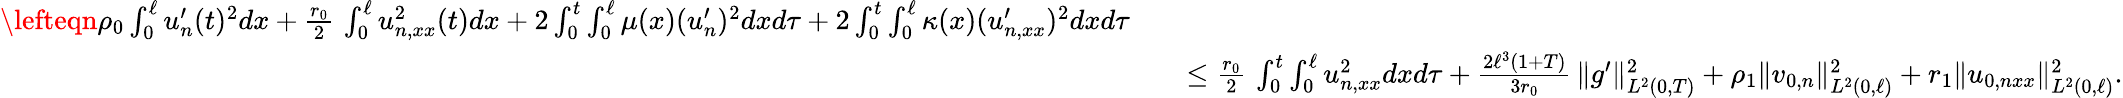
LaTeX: \begin{array}{rlr}{\lefteqn{\rho_{0}\int_{0}^{\ell}u_{n}^{\prime}(t)^{2}dx+\frac{r_{0}}{2}\, \int_{0}^{\ell}u_{n,xx}^{2}(t)dx+2\int_{0}^{t}\int_{0}^{\ell}\mu(x)(u_{n}^{\prime})^{2}dxd\tau+2\int_{0}^{t}\int_{0}^{\ell}\kappa(x)(u_{n,xx}^{\prime})^{2}dxd\tau}}\\ &{}&{\le\frac{r_{0}}{2}\, \int_{0}^{t}\int_{0}^{\ell}u_{n,xx}^{2}dxd\tau+\frac{2\ell^{3}(1+T)}{3r_{0}}\, \Vert g^{\prime}\Vert_{L^{2}(0,T)}^{2}+\rho_{1}\Vert v_{0,n}\Vert_{L^{2}(0,\ell)}^{2}+r_{1}\Vert u_{0,nxx}\Vert_{L^{2}(0,\ell)}^{2}.}\end{array}